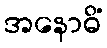
အနောဓိံ